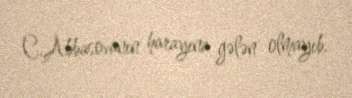
C.Abbasovanın harayına gələn olmayıb.